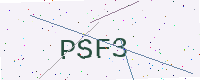
Text: PSF3